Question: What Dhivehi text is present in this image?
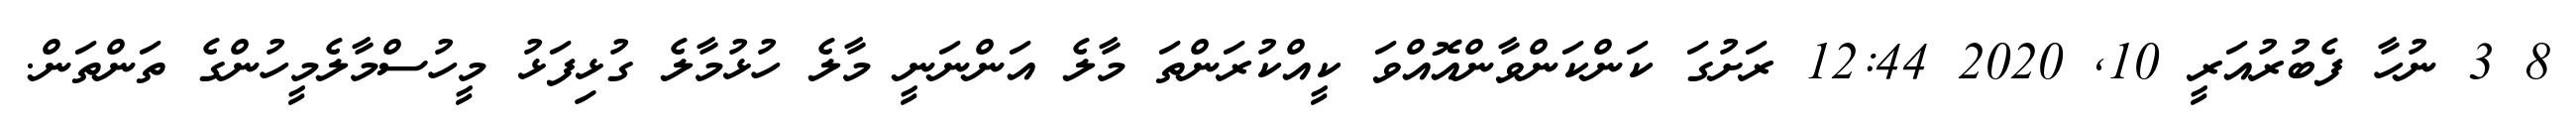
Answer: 8 3 ނުހާ ފެބުރުއަރީ 10, 2020 12:44 ރަށުގަ ކަންކަންވާންއޮއްވަ ކީއްކުރަންތަ މާލެ އަންނަނީ މާލެ ހުޅުމާލެ ގުޅިފަޅު މީހުސްމާލެމީހުންގެ ތަންތަން.